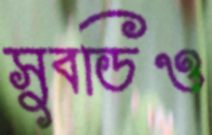
সুবডিও